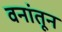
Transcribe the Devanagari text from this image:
वनांतून